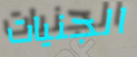
الجنيات